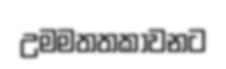
උමමතතකාවනට